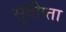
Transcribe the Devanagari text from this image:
सुदीप्ता